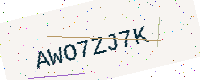
Text: AWO7ZJ7K